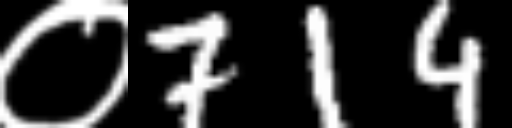
Text: ०714